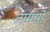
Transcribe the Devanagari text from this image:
तामसो